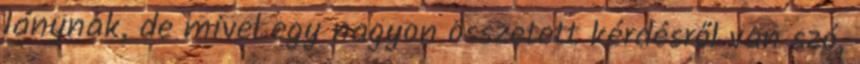
lánynak, de mivel egy nagyon összetett kérdésről van szó,